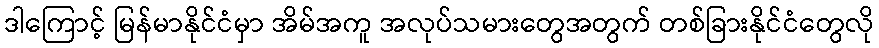
ဒါကြောင့် မြန်မာနိုင်ငံမှာ အိမ်အကူ အလုပ်သမားတွေအတွက် တစ်ခြားနိုင်ငံတွေလို